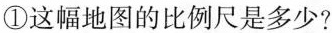
①这幅地图的比例尺是多少?